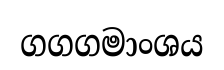
ගගගමාංශය